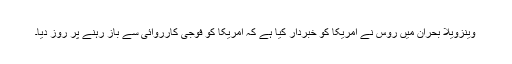
وینزویلا بحران میں روس نے امریکا کو خبردار کیا ہے کہ امریکا کو فوجی کارروائی سے باز رہنے پر روز دیا۔